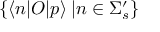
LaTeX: \{ \langle n | O | p \rangle \: | n \in \Sigma _ { s } ^ { \prime } \}